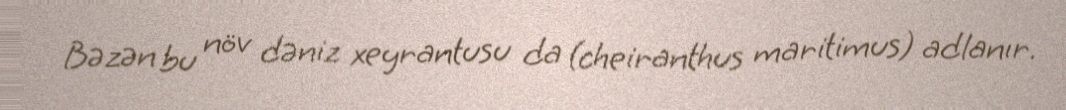
Bəzən bu növ dəniz xeyrantusu da (cheiranthus maritimus) adlanır.